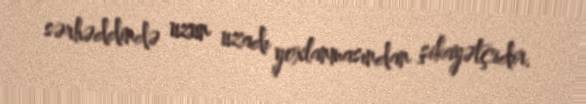
sərhəddində uzun uzadı yoxlanmasından şikayətçidir.